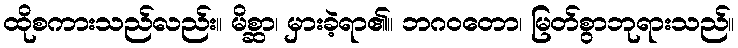
ထိုစကားသည်လည်း။ မိစ္ဆာ၊ မှားခဲ့ရာ၏။ ဘဂဝတော၊ မြတ်စွာဘုရားသည်။